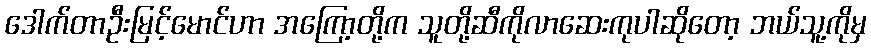
ဒေါက်တာဦးမြင့်မောင်ဟာ အကြော့တို့က သူတို့ဆီကိုလာဆေးကုပါဆိုတော့ ဘယ်သူ့ကိုမှ